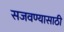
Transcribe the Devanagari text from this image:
सजवण्यासाठी